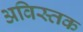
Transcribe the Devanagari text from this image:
अविस्तक